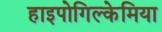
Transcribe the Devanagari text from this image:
हाइपोगिल्केमिया